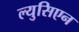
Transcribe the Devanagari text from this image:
ल्युसिएन